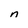
Character: n